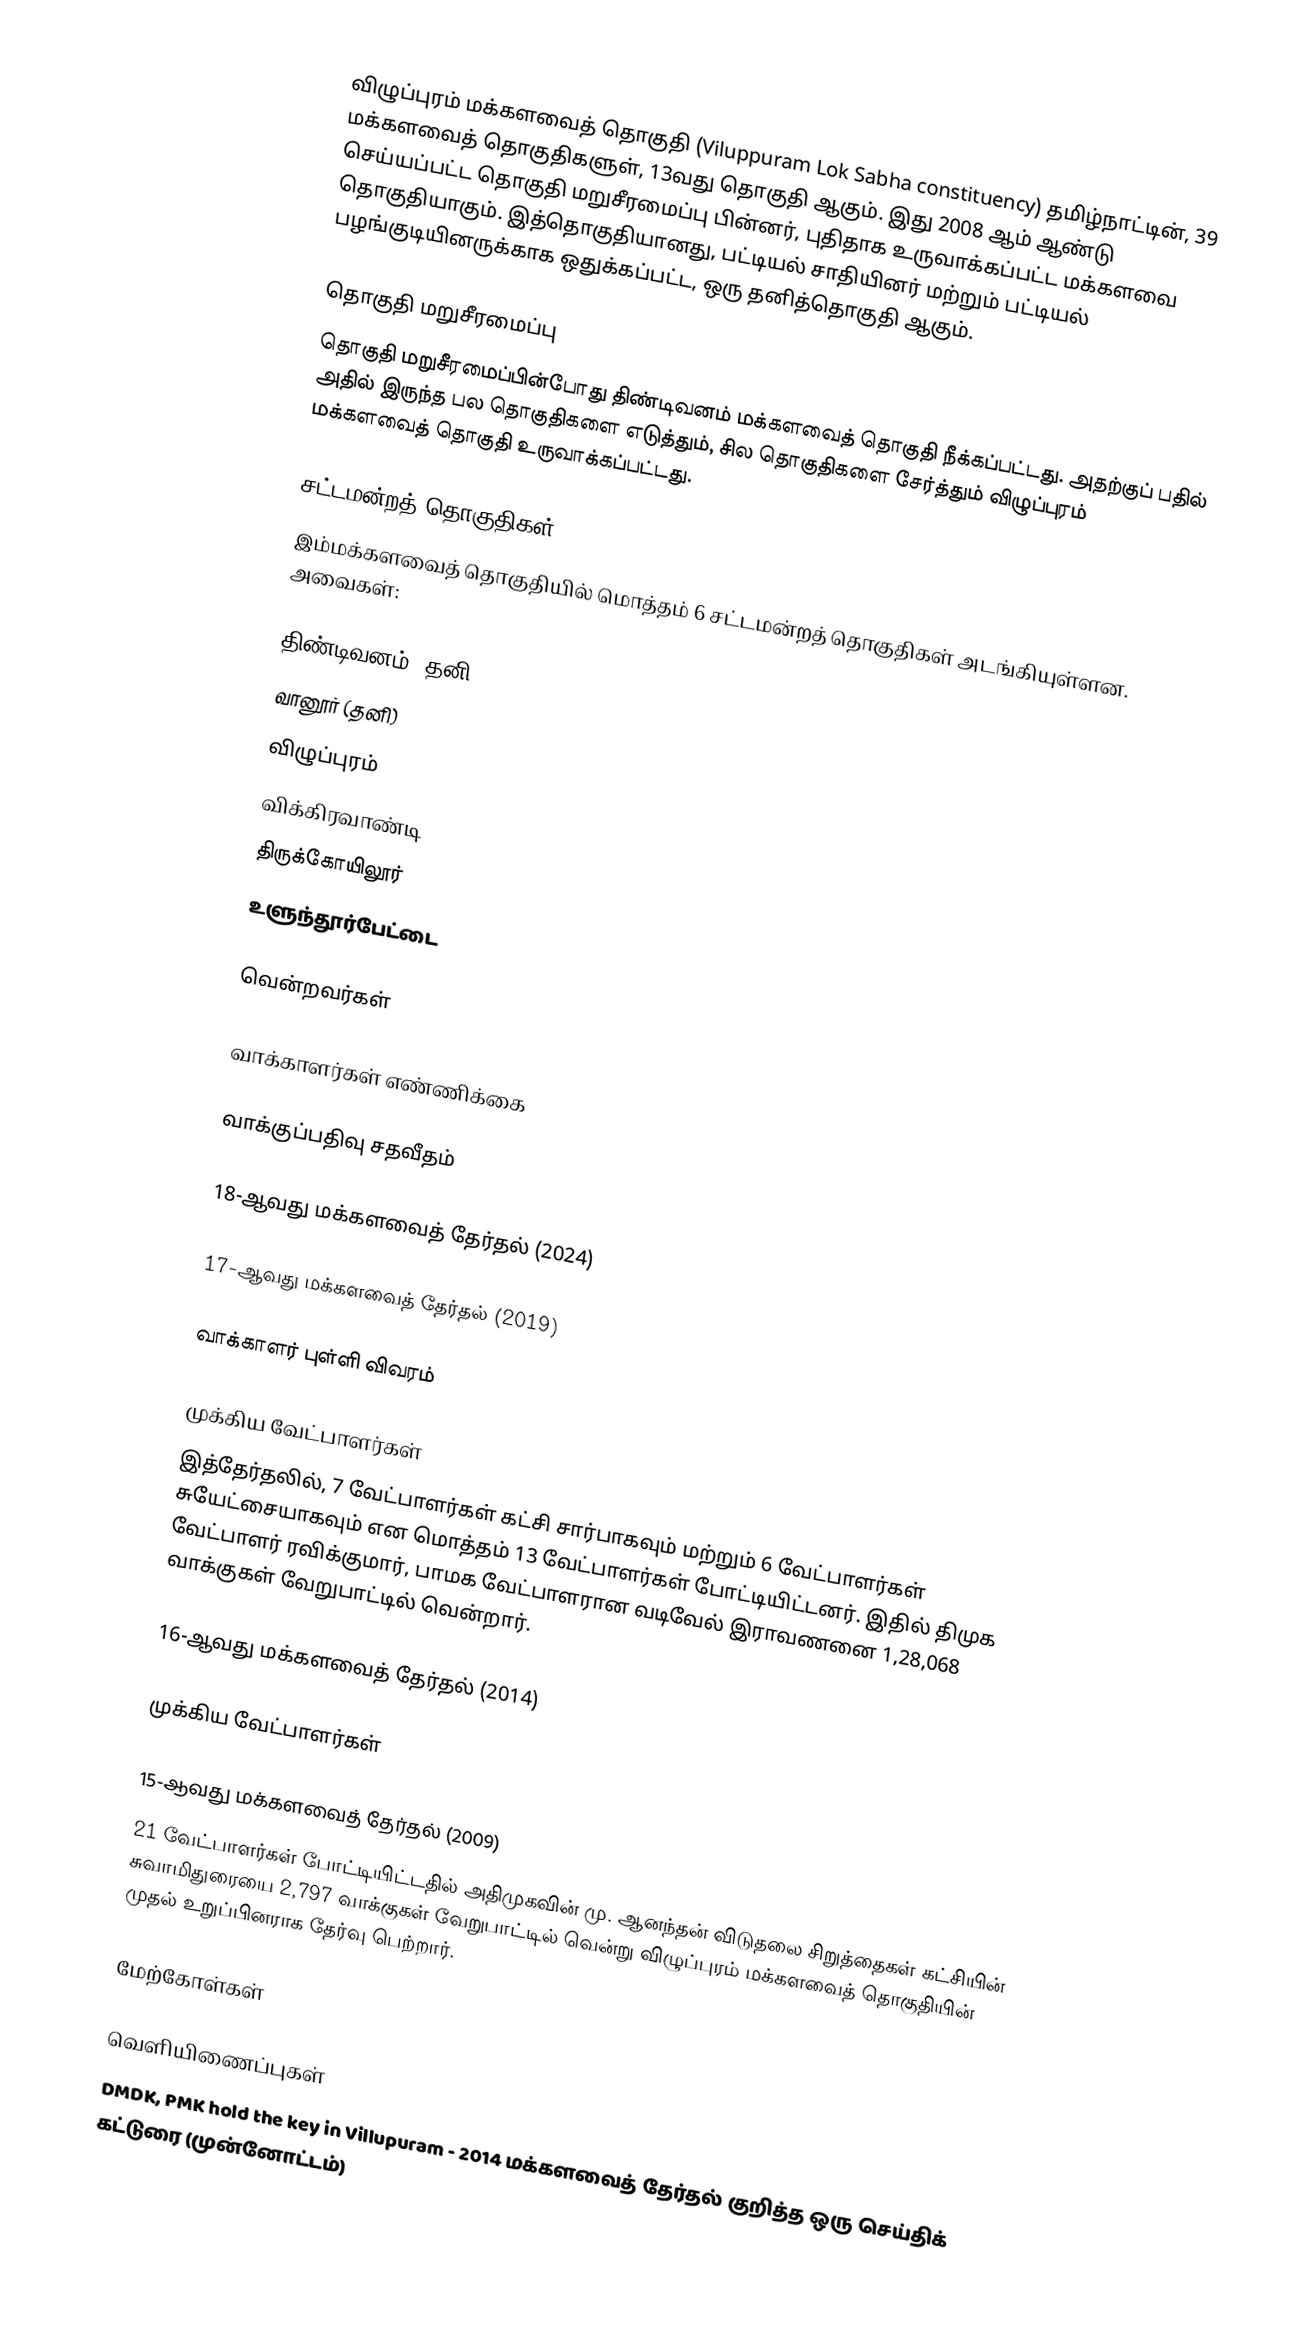
விழுப்புரம் மக்களவைத் தொகுதி (Viluppuram Lok Sabha constituency) தமிழ்நாட்டின், 39 மக்களவைத் தொகுதிகளுள், 13வது தொகுதி ஆகும். இது 2008 ஆம் ஆண்டு செய்யப்பட்ட தொகுதி மறுசீரமைப்பு பின்னர், புதிதாக உருவாக்கப்பட்ட மக்களவை தொகுதியாகும். இத்தொகுதியானது, பட்டியல் சாதியினர் மற்றும் பட்டியல் பழங்குடியினருக்காக ஒதுக்கப்பட்ட, ஒரு தனித்தொகுதி ஆகும்.

தொகுதி மறுசீரமைப்பு
தொகுதி மறுசீரமைப்பின்போது திண்டிவனம் மக்களவைத் தொகுதி நீக்கப்பட்டது. அதற்குப் பதில் அதில் இருந்த பல தொகுதிகளை எடுத்தும், சில தொகுதிகளை சேர்த்தும் விழுப்புரம் மக்களவைத் தொகுதி உருவாக்கப்பட்டது.

சட்டமன்றத் தொகுதிகள்
இம்மக்களவைத் தொகுதியில் மொத்தம் 6 சட்டமன்றத் தொகுதிகள் அடங்கியுள்ளன. அவைகள்:

 திண்டிவனம் (தனி)
 வானூர் (தனி)
 விழுப்புரம்
 விக்கிரவாண்டி
 திருக்கோயிலூர்
 உளுந்தூர்பேட்டை

வென்றவர்கள்

வாக்காளர்கள் எண்ணிக்கை

வாக்குப்பதிவு சதவீதம்

18-ஆவது மக்களவைத் தேர்தல் (2024)

17-ஆவது மக்களவைத் தேர்தல் (2019)

வாக்காளர் புள்ளி விவரம்

முக்கிய வேட்பாளர்கள்
இத்தேர்தலில், 7 வேட்பாளர்கள் கட்சி சார்பாகவும் மற்றும் 6 வேட்பாளர்கள் சுயேட்சையாகவும் என மொத்தம் 13 வேட்பாளர்கள் போட்டியிட்டனர். இதில் திமுக வேட்பாளர் ரவிக்குமார், பாமக வேட்பாளரான வடிவேல் இராவணனை 1,28,068 வாக்குகள் வேறுபாட்டில் வென்றார்.

16-ஆவது மக்களவைத் தேர்தல் (2014)

முக்கிய வேட்பாளர்கள்

15-ஆவது மக்களவைத் தேர்தல் (2009)
21 வேட்பாளர்கள் போட்டியிட்டதில் அதிமுகவின் மு. ஆனந்தன் விடுதலை சிறுத்தைகள் கட்சியின் சுவாமிதுரையை 2,797 வாக்குகள் வேறுபாட்டில் வென்று விழுப்புரம் மக்களவைத் தொகுதியின் முதல் உறுப்பினராக தேர்வு பெற்றார்.

மேற்கோள்கள்

வெளியிணைப்புகள்
 DMDK, PMK hold the key in Villupuram - 2014 மக்களவைத் தேர்தல் குறித்த ஒரு செய்திக் கட்டுரை (முன்னோட்டம்)